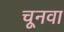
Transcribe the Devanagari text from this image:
चूनवा